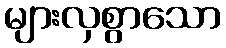
များလှစွာသော